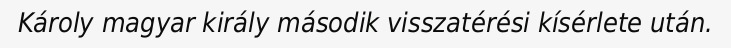
Károly magyar király második visszatérési kísérlete után.